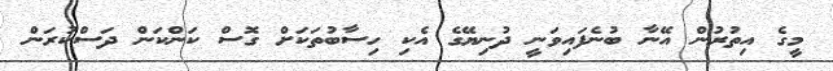
މީގެ އިތުރުން އޭނާ ބުނެފައިވަނީ ދުނިޔޭގެ އެކި ހިސާބުތަކަށް ގޮސް ކަންކަން ދަސްކުރަން